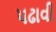
પઢાવી